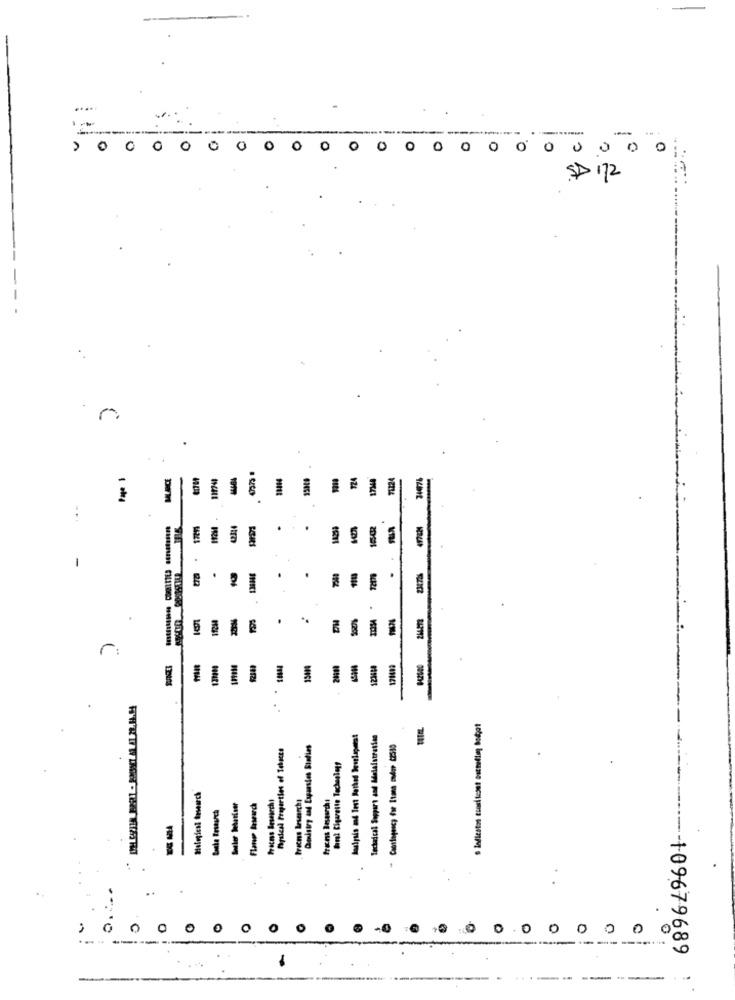
.....
0
MLACE
71224
:
-
tra
.
2
.
244278
.
r:
Technical Support and Mdelaistration
Dalıtry and Cymsin Station
foral Cigarette Technology
Malogical tesearch
trucos Besearch:
6896/9604 ------
Flanen lasearch
0
.0
0